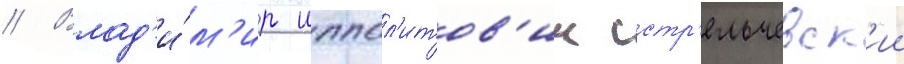
// Влад'и́м'ир иппол'итов'ич стр'ельчевск'ии